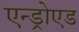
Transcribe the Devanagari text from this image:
एन्ड्रोएड